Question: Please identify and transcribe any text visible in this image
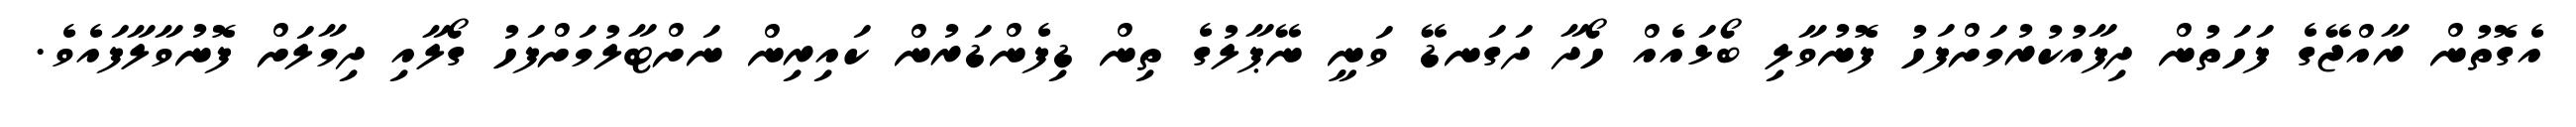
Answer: އެގޮތުން ރާއްޖޭގެ ފަހަތުން ދިފާއުކުރުމަށްފަހު ފޮނުވާލި ބޯޅައެއް ހޯދާ ދަގަނޑޭ ވަނީ ނޭޕާލުގެ ތިން ޑިފެންޑަރުން ކައިރިން ނަށްޓާލުމަށްފަހު ގޯލާއި ދިމާލަށް ފޮނުވާލާފައެވެ.